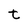
Character: t